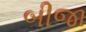
બીજા